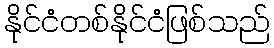
နိုင်ငံတစ်နိုင်ငံဖြစ်သည်